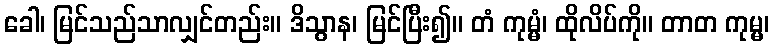
ခေါ၊ မြင်သည်သာလျှင်တည်း။ ဒိသွာန၊ မြင်ပြီး၍။ တံ ကုမ္မံ၊ ထိုလိပ်ကို။ တာတ ကုမ္မ၊